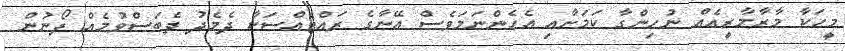
މީހަކާ މާރާމާރީއެއް ނުހިންގާ ކަމަށާއި އެހެންނަމަވެސް އޭނާގެ ރައްޓެއްސަކާ ދެމެދު ދެބަސްވުމެއް ފޯނުން